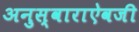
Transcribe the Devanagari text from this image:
अनुस्वाराऐवजी